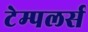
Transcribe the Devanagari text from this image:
टेम्पलर्स